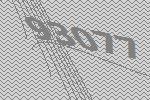
93077